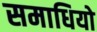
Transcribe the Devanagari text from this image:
समाधियो